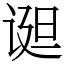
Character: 䜥